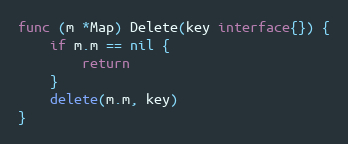
Language: Go
func (m *Map) Delete(key interface{}) {
	if m.m == nil {
		return
	}
	delete(m.m, key)
}